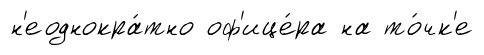
н'еоднокра́тно оф'ице́ра на то́чк'е